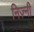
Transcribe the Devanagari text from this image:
निज़्नी